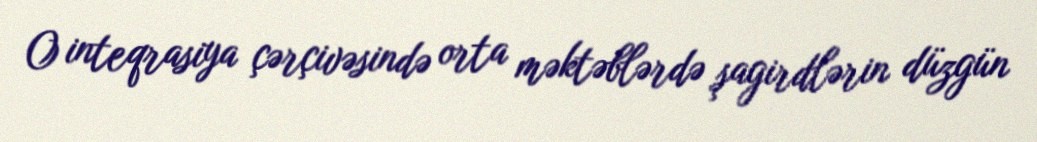
O inteqrasiya çərçivəsində orta məktəblərdə şagirdlərin düzgün